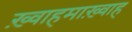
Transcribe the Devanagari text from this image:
ख़्वाहमाख़्वाह